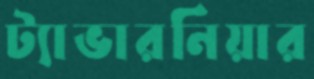
ট্যাভারনিয়ার